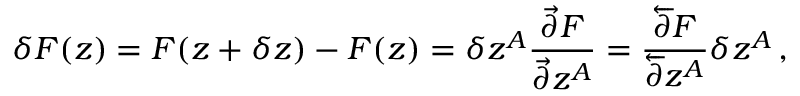
\delta F ( z ) = F ( z + \delta z ) - F ( z ) = \delta z ^ { A } \frac { \vec { \partial } F } { \vec { \partial } z ^ { A } } = \frac { \overleftarrow { \partial } F } { \overleftarrow { \partial } z ^ { A } } \delta z ^ { A } \, ,